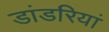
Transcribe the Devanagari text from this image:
डांडरियां